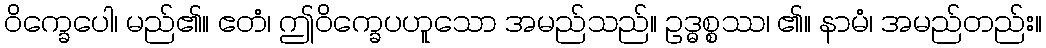
ဝိက္ခေပေါ၊ မည်၏။ ဧတံ၊ ဤဝိက္ခေပဟူသော အမည်သည်။ ဥဒ္ဓစ္စဿ၊ ၏။ နာမံ၊ အမည်တည်း။